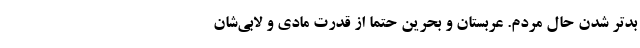
بدتر شدن حال مردم. عربستان و بحرین حتماً از قدرت مادی و لابی‌شان